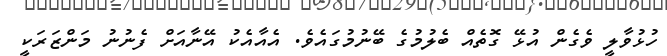
ހުޅުވާލީ ވެގެން އުޅޭ ގޮތެއް ބެލުމުގެ ބޭނުމުގައެވެ. އެއާއެކު އޭނާއަށް ފެނުނު މަންޒަރަކީ